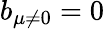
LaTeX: b_{\mu\ne 0}=0